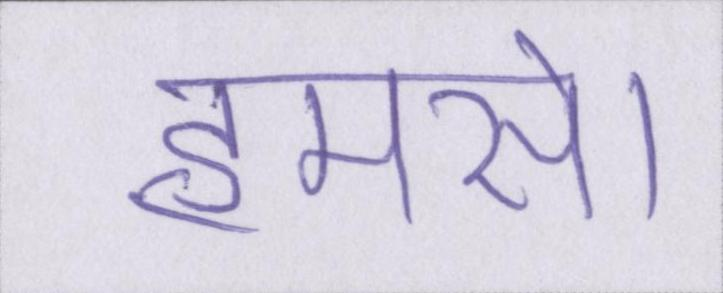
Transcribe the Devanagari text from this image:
हमसे।